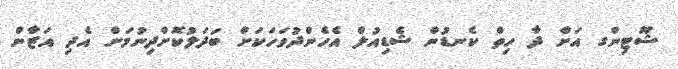
ޝޫޓިންގ އަށް ދާ ހިތް ކެނޑުން ޝެޑިއުލް އެހެންދުވަހަކަށް ބަދަލުކޮށްދިނުމަށް އެދި އަޒާން